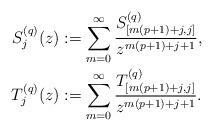
LaTeX: \begin{align*}S^{(q)}_{j}(z) & :=\sum_{m=0}^{\infty}\frac{S^{(q)}_{[m(p+1)+j,j]}}{z^{m(p+1)+j+1}},\\T^{(q)}_{j}(z) & :=\sum_{m=0}^{\infty}\frac{T^{(q)}_{[m(p+1)+j,j]}}{z^{m(p+1)+j+1}}.\end{align*}